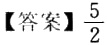
【答案】\(\frac{5}{2}\)